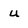
Character: u